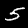
Digit: 5